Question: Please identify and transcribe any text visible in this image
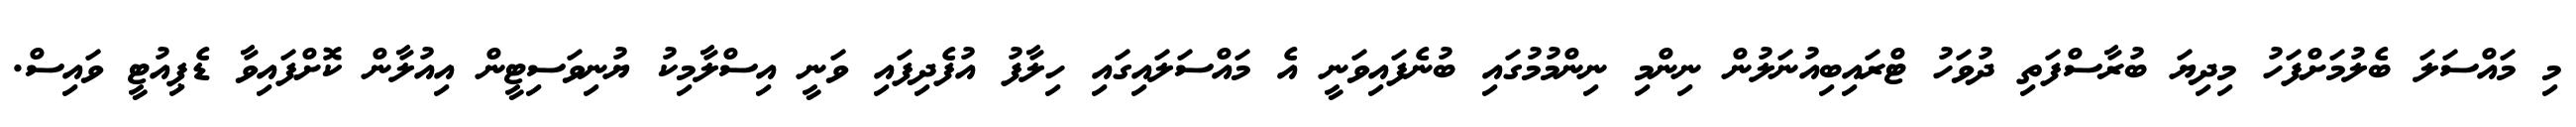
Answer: މި މައްސަލަ ބެލުމަށްފަހު މިދިޔަ ބުރާސްފަތި ދުވަހު ޓްރައިބިއުނަލުން ނިންމި ނިންމުމުގައި ބުނެފައިވަނީ އެ މައްސަލައިގައި ހިލާފު އުފެދިފައި ވަނީ އިސްލާމިކު ޔުނިވަސިޓީން އިއުލާން ކޮށްފައިވާ ޑެޕިއުޓީ ވައިސް.